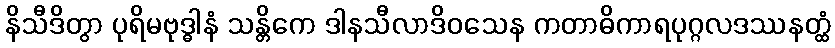
နိသီဒိတွာ ပုရိမဗုဒ္ဓါနံ သန္တိကေ ဒါနသီလာဒိဝသေန ကတာဓိကာရပုဂ္ဂလဒဿနတ္ထံ